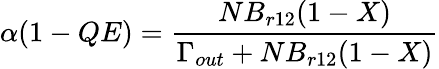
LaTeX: \alpha(1-QE)=\frac{NB_{r12}(1-X)}{\Gamma_{out}+NB_{r12}(1-X)}